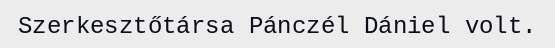
Szerkesztőtársa Pánczél Dániel volt.